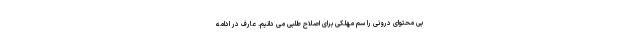
بی محتوای درونی را سم مهلکی برای اصلاح طلبی می دانیم. عارف در ادامه